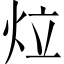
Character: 𤇥